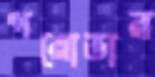
পয়োভার